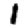
Digit: 1